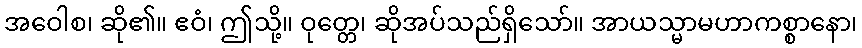
အဝေါစ၊ ဆို၏။ ဧဝံ၊ ဤသို့။ ဝုတ္တေ၊ ဆိုအပ်သည်ရှိသော်။ အာယသ္မာမဟာကစ္စာနော၊